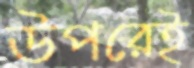
উপরেই